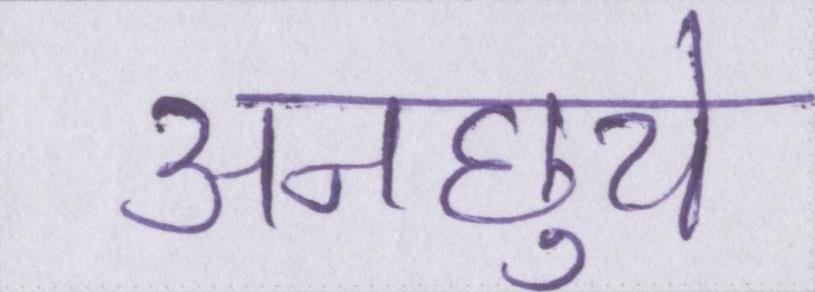
अनछुये